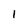
Character: 1